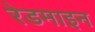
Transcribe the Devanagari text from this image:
रेडमाइन